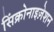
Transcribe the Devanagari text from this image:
सिंक्रोनाइज़ेशन